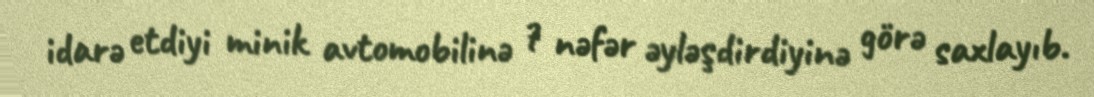
idarə etdiyi minik avtomobilinə 7 nəfər əyləşdirdiyinə görə saxlayıb.